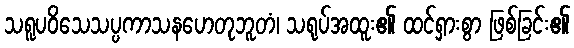
သရူပဝိသေသပ္ပကာသနဟေတုဘူတံ၊ သရုပ်အထူး၏ ထင်ရှားစွာ ဖြစ်ခြင်း၏